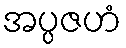
အပ္ပဇဟံ